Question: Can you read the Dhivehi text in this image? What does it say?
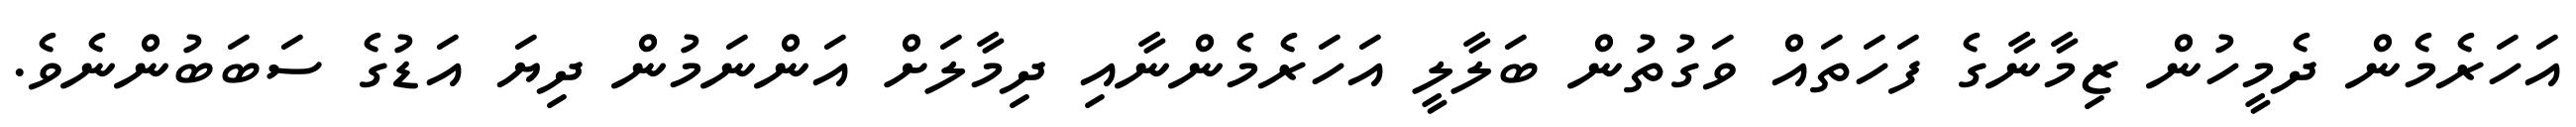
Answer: އަހަރެމެން ދެމީހުން ޒިމާނާގެ ފަހަތައް ވަގުތުން ބަލާލީ އަހަރެމެންނާއި ދިމާލަށް އަންނަމުން ދިޔަ އަޑުގެ ސަބަބުންނެވެ.